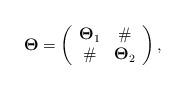
LaTeX: \begin{align*}\mathbf{\Theta}=\left( \begin{array}{cc} \mathbf{\Theta}_1 & \# \\ \# & \mathbf{\Theta}_2 \\ \end{array} \right),\end{align*}